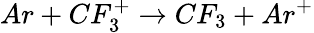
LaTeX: Ar+CF_{3}^{+}\rightarrow CF_{3}+Ar^{+}